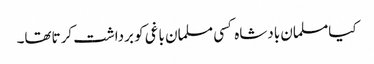
کیامسلمان بادشاہ کسی مسلمان باغی کو برداشت کرتاتھا۔